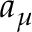
a _ { \mu }